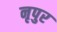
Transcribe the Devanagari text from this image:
नृपुर